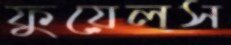
ফুয়েলস